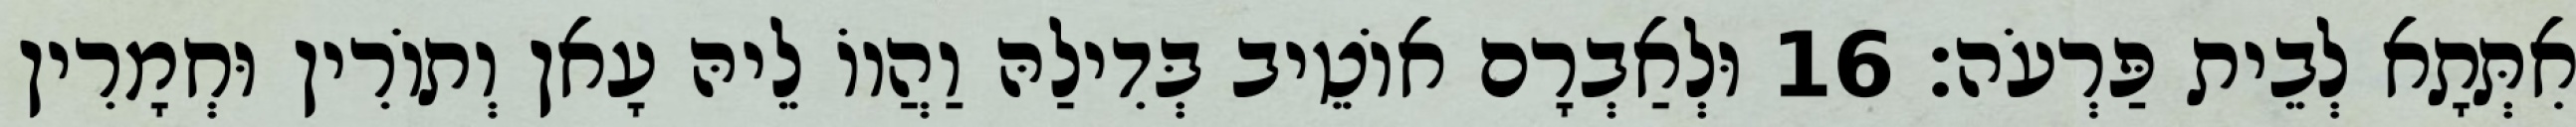
אִתְּתָא לְבֵית פַּרְעֹה׃ 16 וּלְאַבְרָם אוֹטֵיב בְּדִילַהּ וַהֲווֹ לֵיהּ עָאן וְתוֹרִין וּחְמָרִין